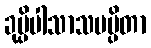
ခုပ္ပိပါသာသမပ္ပိတာ